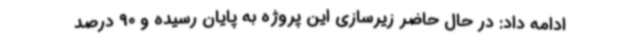
ادامه داد: در حال حاضر زیرسازی این پروژه به پایان رسیده و 90 درصد